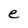
Character: e